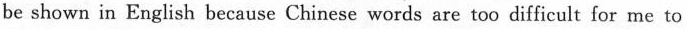
be shown in English because Chinese words are too difficult for me to